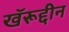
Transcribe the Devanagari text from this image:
खॅरूद्दीन